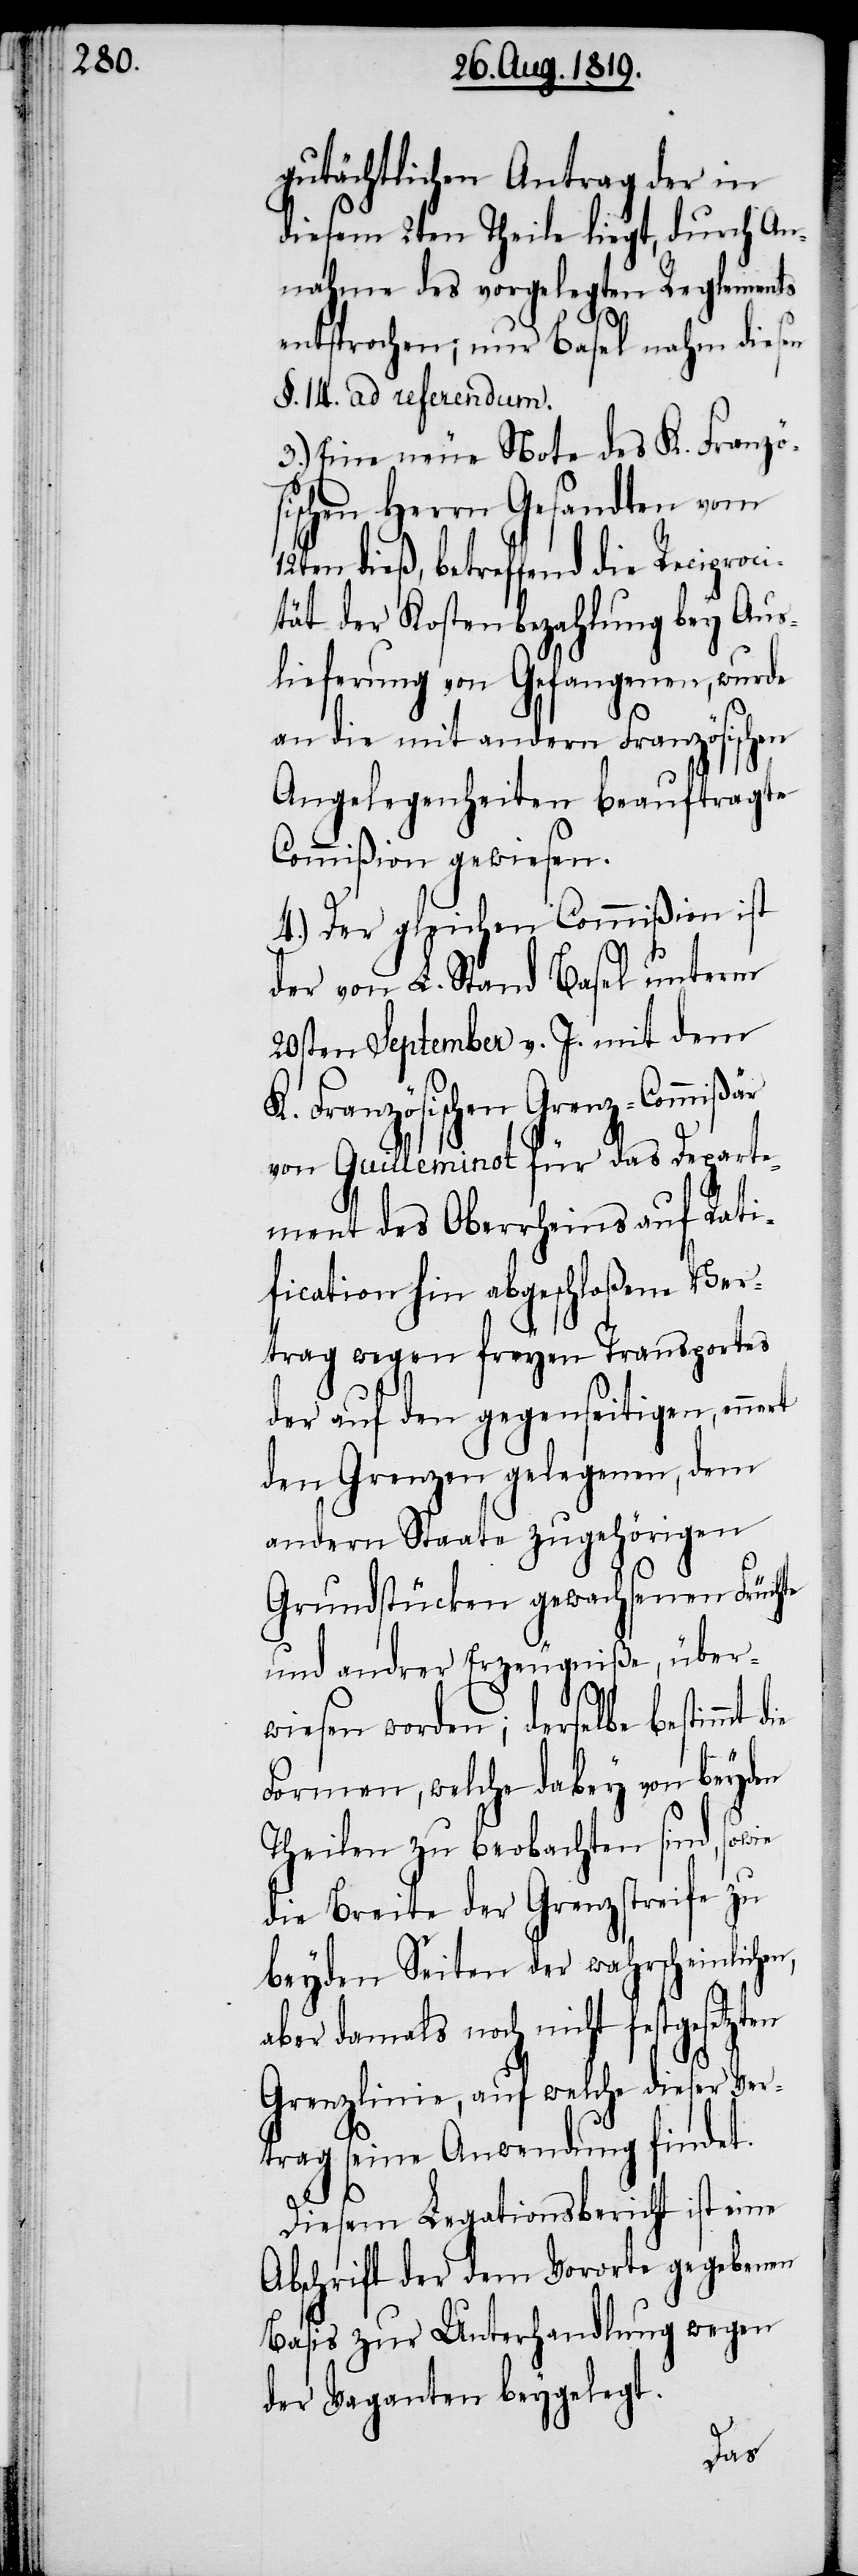
gutächtlichen Antrag der in
diesem 2ten Theile liegt, durch An¬
nahme des vorgelegten Regelements
n,
entsprochen; nur Basel nahm diesen
§. 14. ad referendum.
3.) Eine neue Note des K. Französ¬
ischen Herrn Gesandten vom
dieß, betreffend die Reciproc¬
ität der Kostenbezahlung bey Aus¬
lieferung von Gefangenen, wurde
an die mit andern Französischen
Angelegenheiten beauftragte
Commißion gewiesen.
4.) Der gleichen Commißion ist
der von L. Stand Basel unterm
20sten September v. J. mit dem
K. Französischen Grenz-Commißär
von Guilleminot für das Departe¬
ment des Oberrheins auf Rati¬
fication hin abgeschloßene Ver¬
trag wegen freyen Transportes
der auf den gegenseitigen, enn¬
den Grenzen gelegenen, dem
andern Staate zugehörigen
Grundstücken gewachsenen Früchte
und andrer Erzeugniße, über¬
wiesen worden; derselbe bestimmt
Formen, welche dabey von beyden
Theilen zu beobachten sind, sowie
die Breite der Grenzstreife zu
beyden Seiten der wahrscheinliche¬
aber damals noch nicht festgesetzten
Grenzlinie, auf welche dieser Ver¬
trag seine Anwendung findet.
Diesem Legationsbericht ist eine
Abschrift der dem Vororte gegebenen
Basis zur Unterhandlung wegen
der Vaganten beygelegt.
ert